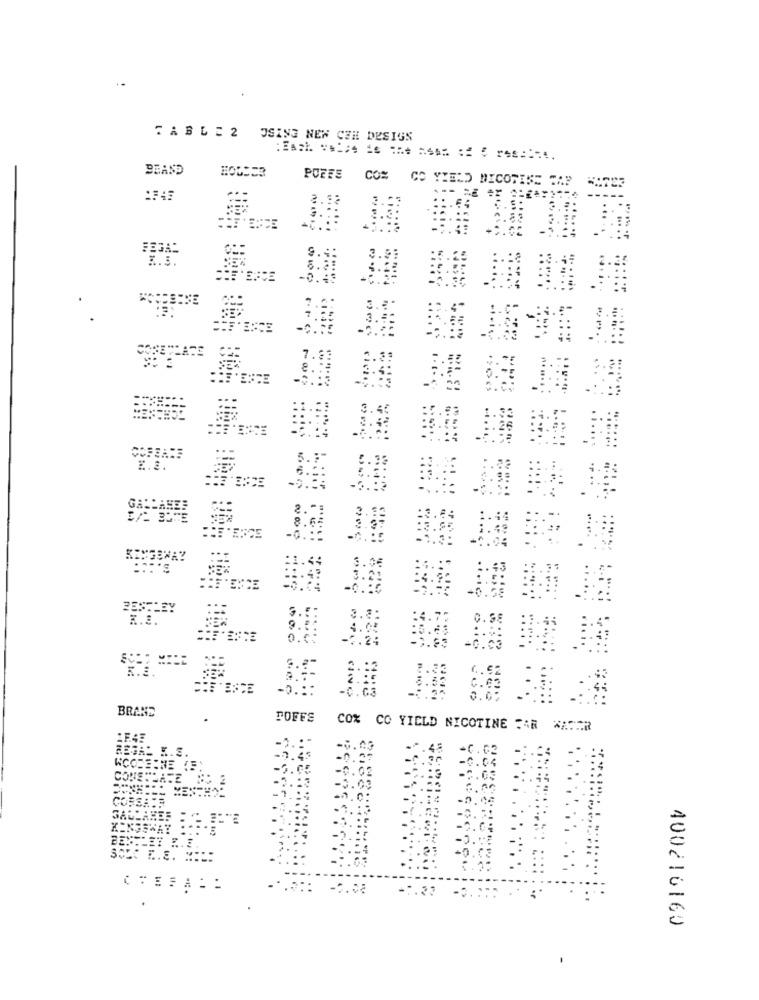
TABLE 2 JSING NEW COM DESIGN
DEAND
POFFS
CON CO YIELD MICOTISE CAP
7 .3
E.2.
3.06
BESTLEY
3.8:
-8.63
since
BRAND
.
POFFS
CO% CO YIELD NICOTINE :AR
-2.45
COSSARE
-1.20
-0.
400216160